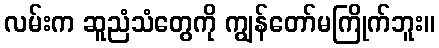
လမ်းက ဆူညံသံတွေကို ကျွန်တော်မကြိုက်ဘူး။